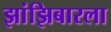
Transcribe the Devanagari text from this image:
झांझिबारला